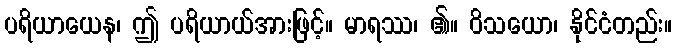
ပရိယာယေန၊ ဤ ပရိယာယ်အားဖြင့်။ မာရဿ၊ ၏။ ဝိသယော၊ နိုင်ငံတည်း။